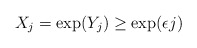
\begin{align*} X_j=\exp(Y_j)\geq \exp(\epsilon j) \end{align*}